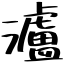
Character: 瀘